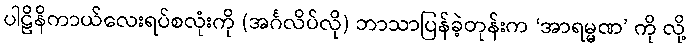
ပါဠိနိကာယ်လေးရပ်စလုံးကို (အင်္ဂလိပ်လို) ဘာသာပြန်ခဲ့တုန်းက ‘အာရမ္မဏ’ ကို လို့